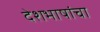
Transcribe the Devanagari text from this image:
देशभाषांचा